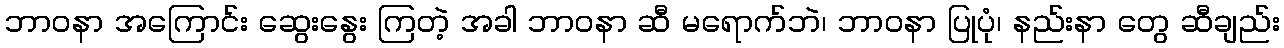
ဘာဝနာ အကြောင်း ဆွေးနွေး ကြတဲ့ အခါ ဘာဝနာ ဆီ မရောက်ဘဲ၊ ဘာဝနာ ပြုပုံ၊ နည်းနာ တွေ ဆီချည်း